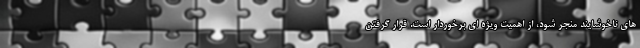
های ناخوشایند منجر شود، از اهمیت ویژه ای برخوردار است. قرار گرفتن